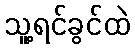
သူ့ရင်ခွင်ထဲ